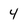
Character: 4